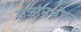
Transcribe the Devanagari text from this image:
राजांमधील